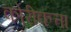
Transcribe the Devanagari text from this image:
कोरीकत्ता